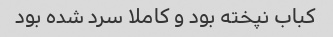
کباب نپخته بود و کاملا سرد شده بود